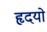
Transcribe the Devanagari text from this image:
हृदयो